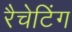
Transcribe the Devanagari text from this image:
रैचेटिंग